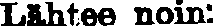
Lähtee noin: